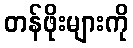
တန်ဖိုးများကို